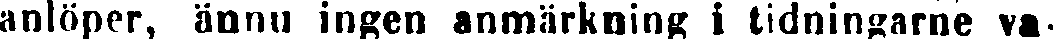
anlöper, ännu ingen anmärkning i tidningarne va-